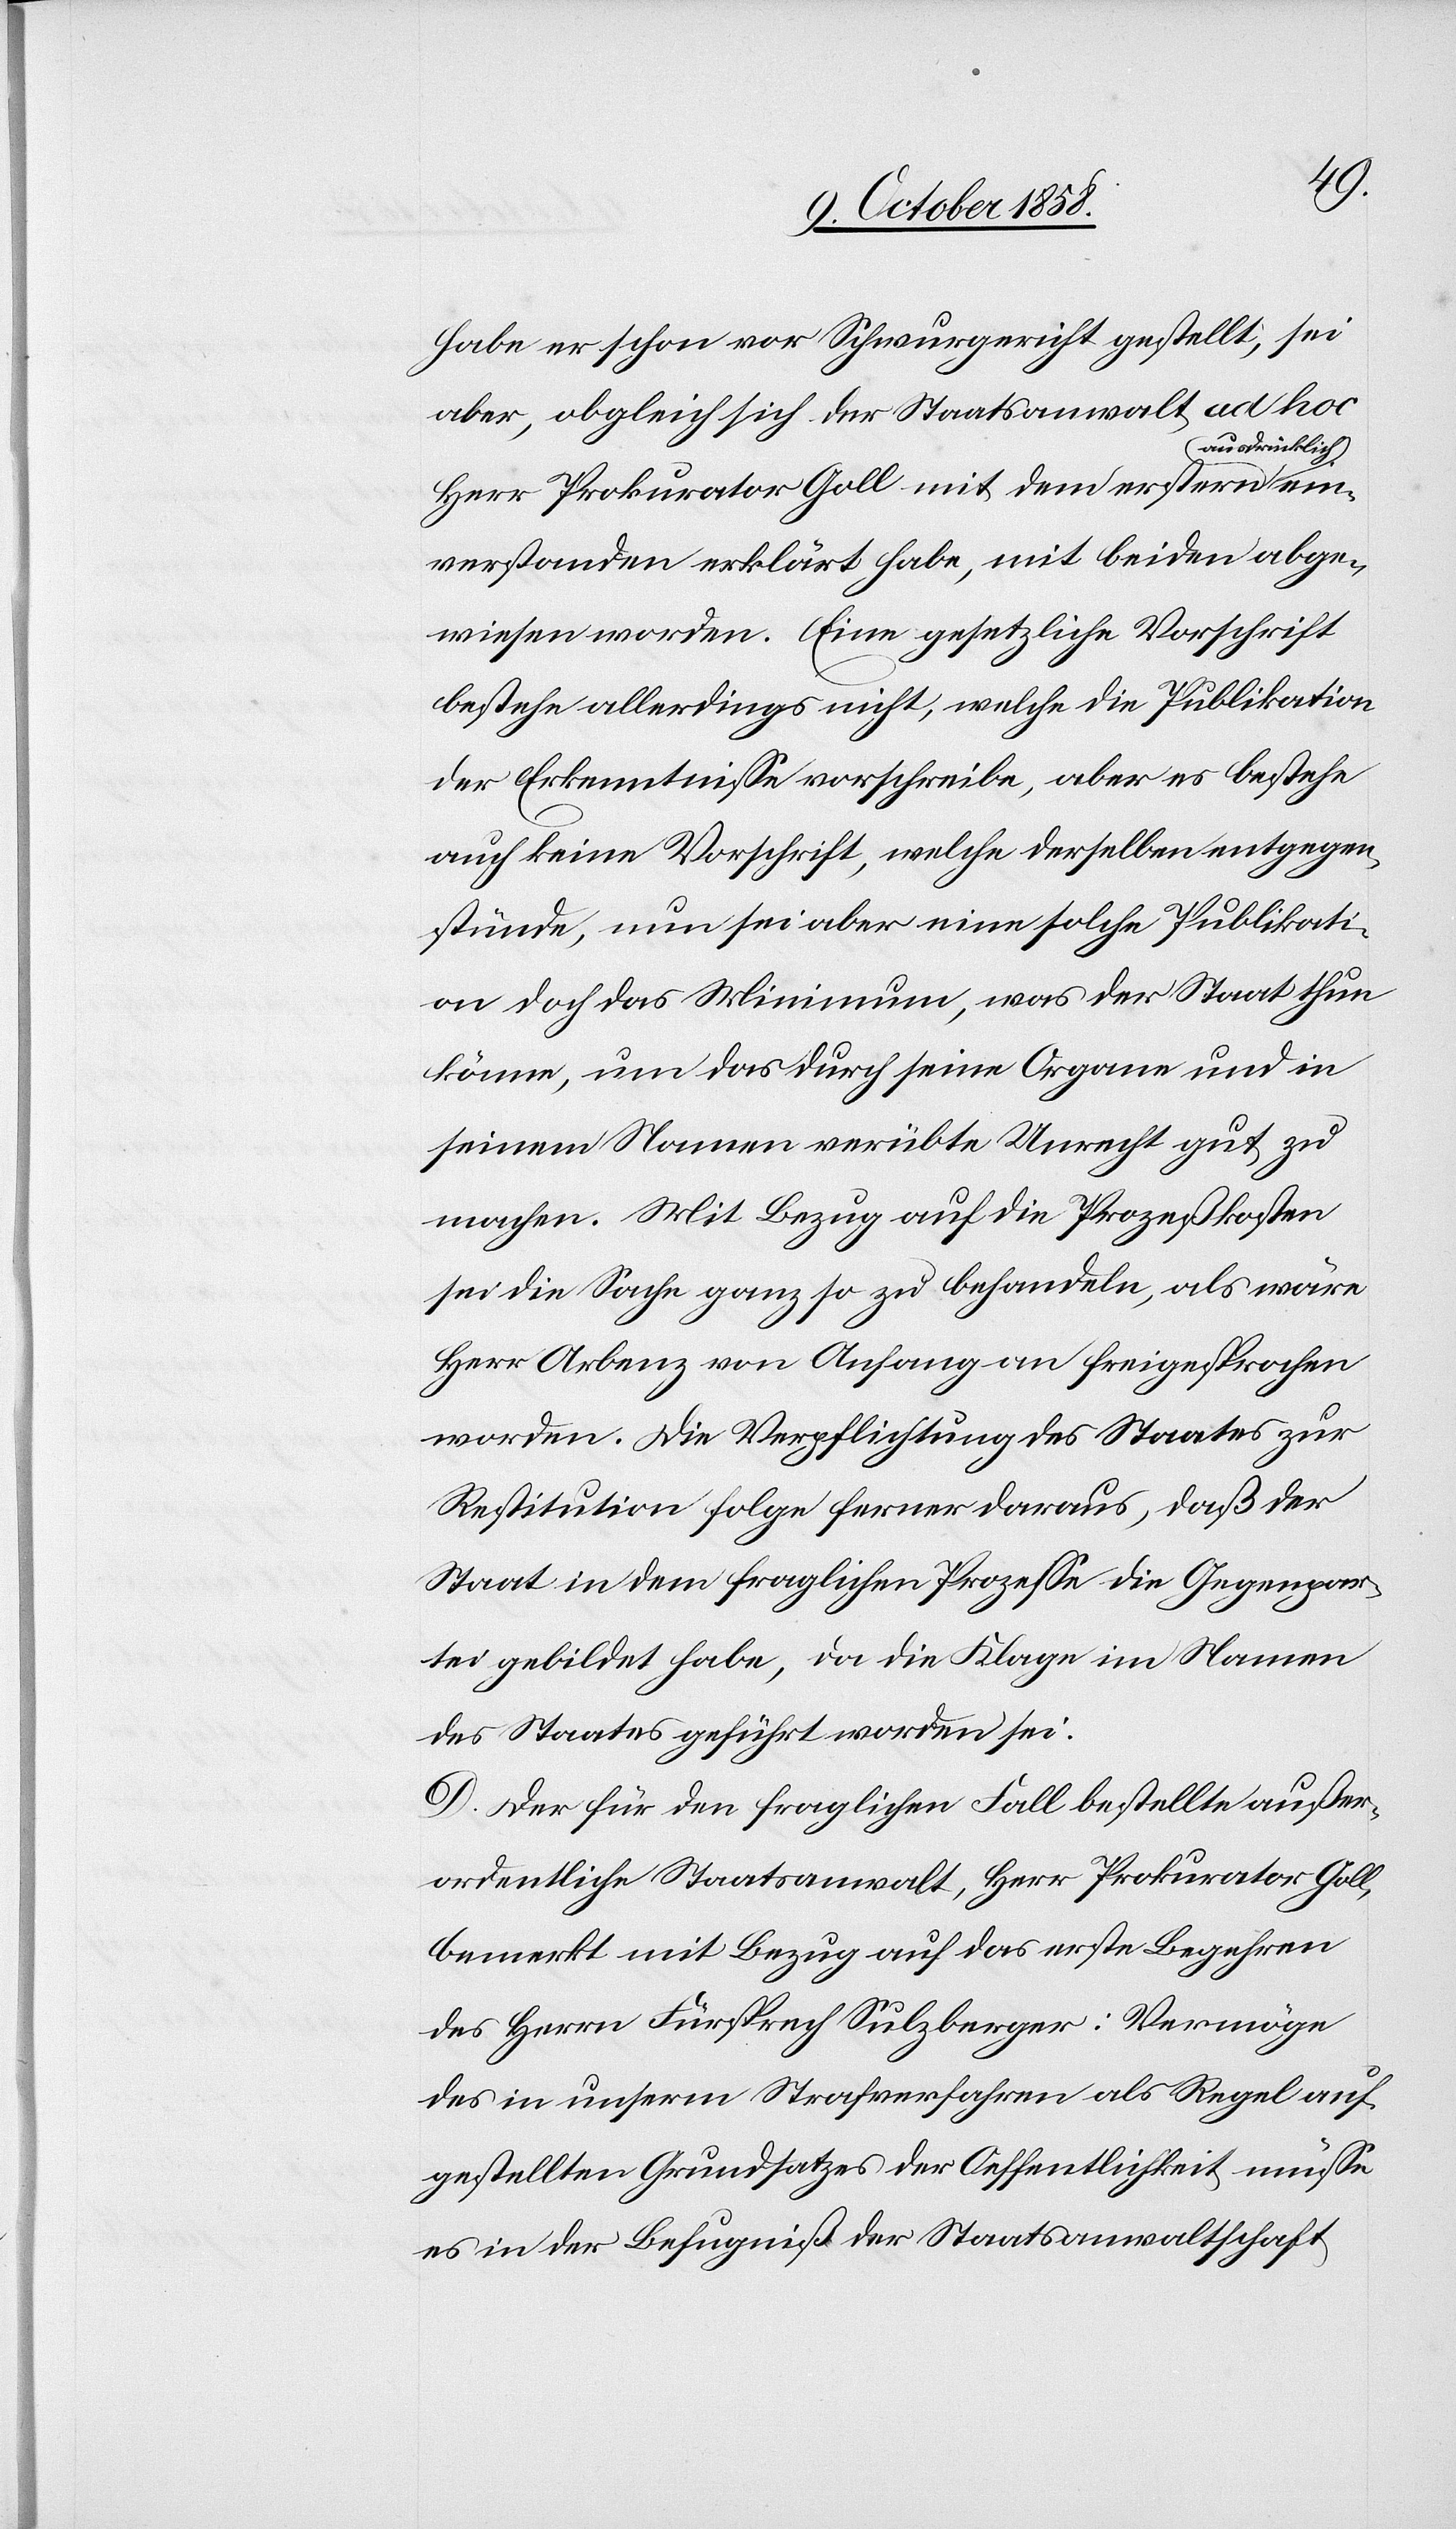
ein¬
habe er schon vor Schwurgericht gestellt, sei
aber, obgleich sich der Staatsanwalt ad hoc
ausdrücklich
Herr Prokurator Goll mit dem erstern
verstanden erklärt habe, mit beiden abge¬
wiesen worden. Eine gesetzliche Vorschrift
bestehe allerdings nicht, welche die Publikation
der Erkenntnisse vorschreibe, aber es bestehe
auch keine Vorschrift, welche derselben entgegen¬
stünde, nun sei aber eine solche Publikati¬
on doch das Minimum, was der Staat thun
könne, um das durch seine Organe und in
seinem Namen verübte Unrecht gut zu
machen. Mit Bezug auf die Prozeßkosten
sei die Sache ganz so zu behandeln, als wäre
Herr Arbenz von Anfang an freigesprochen
worden. Die Verpflichtung des Staates zur
Restitution folge ferner daraus, daß der
Staat in dem fraglichen Prozesse die Gegenpar¬
tei gebildet habe, da die Klage im Namen
des Staates geführt worden sei.
D. Der für den fraglichen Fall bestellte außer¬
ordentliche Staatsanwalt, Herr Prokurator Goll,
bemerkt mit Bezug auf das erste Begehren
des Herrn Fürsprech Sulzberger: Vermöge
des in unserm Strafverfahren als Regel auf¬
gestellten Grundsatzes der Oeffentlichkeit müsse
es in der Befugniß der Staatsanwaltschaft